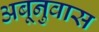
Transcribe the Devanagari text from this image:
अबूनुवास